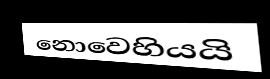
නොවෙහියයි